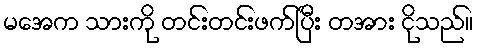
မအေက သားကို တင်းတင်းဖက်ပြီး တအား ငိုသည်။